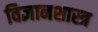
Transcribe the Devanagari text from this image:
विज्ञानशास्त्र